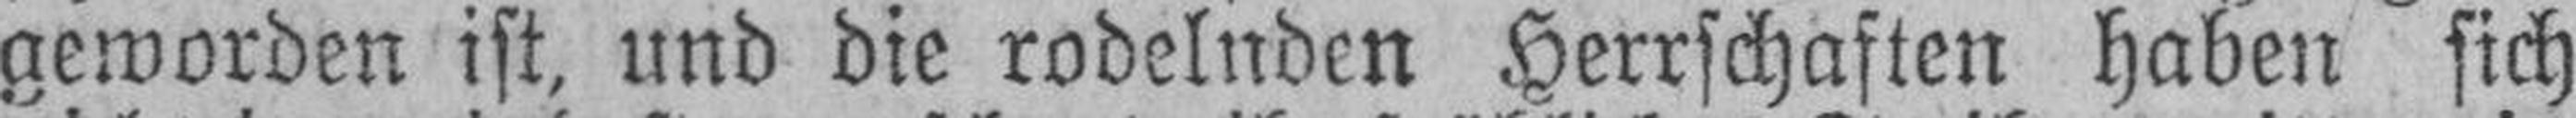
geworden ist, und die rodelnden Herrschaften haben sich